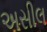
અસીલ